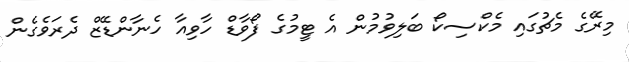
މިރޭގެ މެޗުގައި މެކްސިކޯ ބަލިވުމުން އެ ޓީމުގެ ފޯވާޑް ހާވިއާ ހެނާންޑޭޒް ދެރަވެގެން